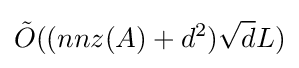
{\tilde {O}}((nnz(A)+d^{2}){\sqrt {d}}L)